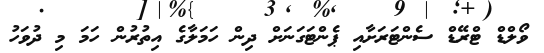
ވޯލްޑް ޓްރޭޑް ސެންޓަރަށާއި ޕެންޓަގަނަށް ދިން ހަމަލާގެ އިތުރުން ހަމަ މި ދުވަހު